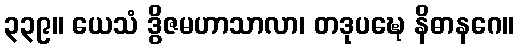
၃၃၉။ ယေသံ ဒွိဇမဟာသာလာ၊ တဒုပဍ္ဎေ နိဓာနဂေ။